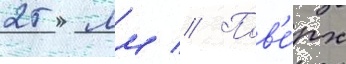
25 мм // Пов'е́рх